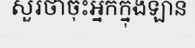
សួរថាចុះអ្នកក្នុងឡាន